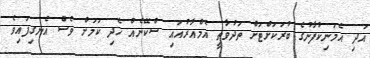
އަދި އެމަނިކުފާނުގެ ބުރަކަށްޓަށް ތަދުވާތީ އެމްއާރުއައި ސްކޭނެއް ހެދި ކަމަށް ވެސް އެނގިފައިވެ